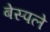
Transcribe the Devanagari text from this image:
बेस्पले